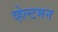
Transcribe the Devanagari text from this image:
व्हेल्टमन